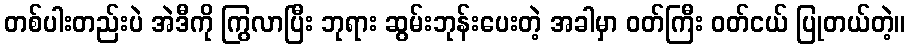
တစ်ပါးတည်းပဲ အဲဒီကို ကြွလာပြီး ဘုရား ဆွမ်းဘုန်းပေးတဲ့ အခါမှာ ဝတ်ကြီး ဝတ်ငယ် ပြုတယ်တဲ့။